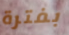
بفترة